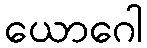
ယောဂေါ